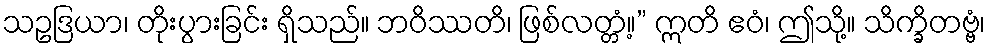
သဥဒြယာ၊ တိုးပွားခြင်း ရှိသည်။ ဘဝိဿတိ၊ ဖြစ်လတ္တံ့။” ဣတိ ဧဝံ၊ ဤသို့။ သိက္ခိတဗ္ဗံ၊